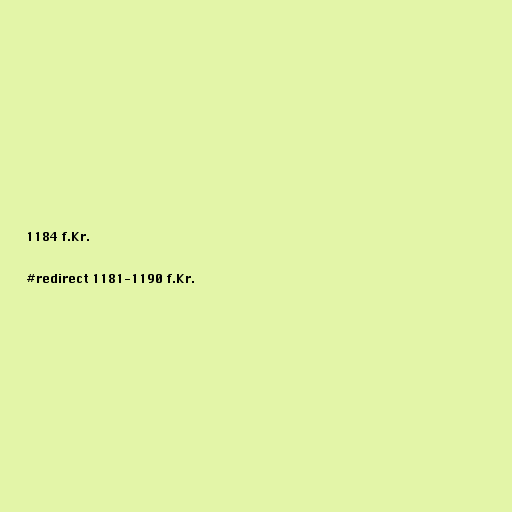
1184 f.Kr.

#redirect 1181-1190 f.Kr.